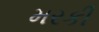
મરકી